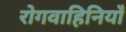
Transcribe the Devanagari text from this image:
रोगवाहिनियाँ